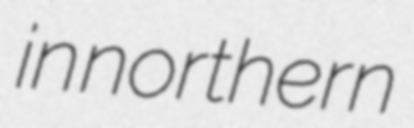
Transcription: in northern